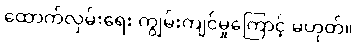
ထောက်လှမ်းရေး ကျွမ်းကျင်မှုကြောင့် မဟုတ်။